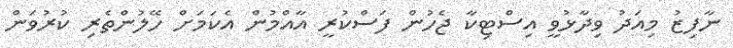
ނާފިޒު މިއަދު ވިދާޅުވީ އިސްޓިކާ ޖެހުން ފަސްކުރީ އާއްމުން އެކަމަށް ހޭލުންތެރި ކުރުވަން